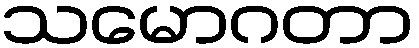
သမောဂတာ